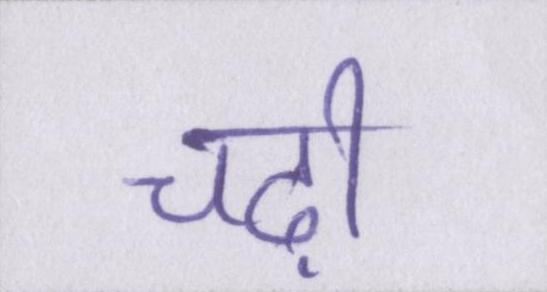
चढ़ी